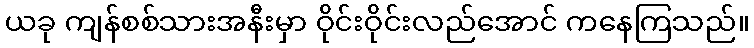
ယခု ကျန်စစ်သားအနီးမှာ ဝိုင်းဝိုင်းလည်အောင် ကနေကြသည်။